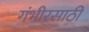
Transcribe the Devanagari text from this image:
गंभीरसाठी